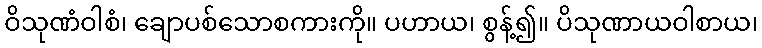
ဝိသုဏံဝါစံ၊ ချောပစ်သောစကားကို။ ပဟာယ၊ စွန့်၍။ ပိသုဏာယဝါစာယ၊